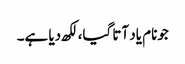
جونام یاد آتا گیا، لکھ دیا ہے۔